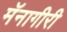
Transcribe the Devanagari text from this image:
मॅनागीरी